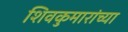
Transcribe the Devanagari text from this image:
शिवकुमारांच्या